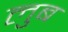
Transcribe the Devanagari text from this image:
लुब